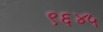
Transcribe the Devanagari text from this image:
९६४५